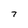
Character: T